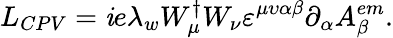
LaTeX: L_{CPV}=\mathit{i}e\lambda_{w}W_{\mu}^{\dagger}W_{\nu}\varepsilon^{\mu\upsilon\alpha\beta}\partial_{\alpha}A_{\beta}^{em}.